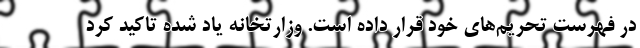
در فهرست تحریم‌های خود قرار داده است. وزارتخانه یاد شده تاکید کرد